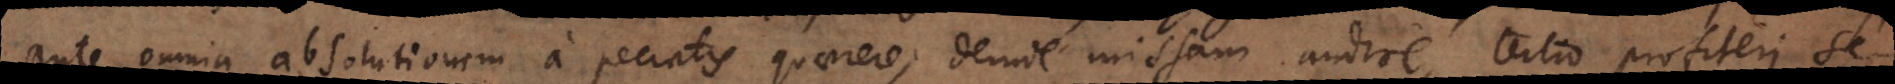
ante omnia absolutionem a peccatis quaerere; deinde missam audire, tertio profiteri se